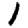
Digit: 1